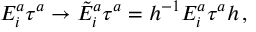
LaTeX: E _ { i } ^ { a } \tau ^ { a } \to \tilde { E } _ { i } ^ { a } \tau ^ { a } = h ^ { - 1 } E _ { i } ^ { a } \tau ^ { a } h \, ,